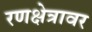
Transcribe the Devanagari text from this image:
रणक्षेत्रावर